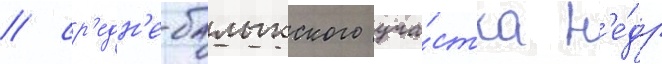
/ ср'едн'е-балыкского уча́стка н'е́др